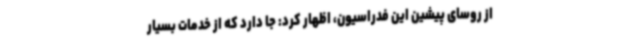
از روسای پیشین این فدراسیون، اظهار کرد: جا دارد که از خدمات بسیار